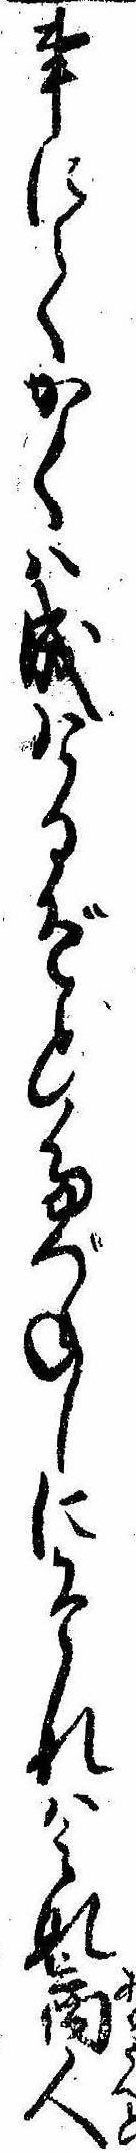
事にてかくは成けるぞとたづねしにそれはみな商人